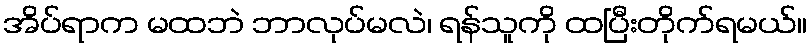
အိပ်ရာက မထဘဲ ဘာလုပ်မလဲ၊ ရန်သူကို ထပြီးတိုက်ရမယ်။